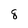
Character: 8